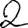
Digit: 2